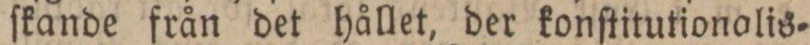
ſkande från det hållet, der konſtitutionalis=